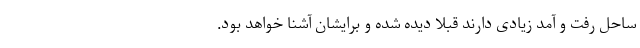
ساحل رفت و آمد زیادی دارند قبلا دیده شده و برایشان آشنا خواهد بود.